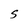
Character: S